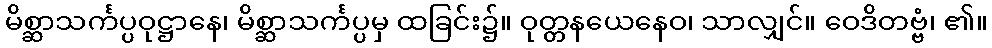
မိစ္ဆာသင်္ကပ္ပဝုဋ္ဌာနေ၊ မိစ္ဆာသင်္ကပ္ပမှ ထခြင်း၌။ ဝုတ္တနယေနေဝ၊ သာလျှင်။ ဝေဒိတဗ္ဗံ၊ ၏။